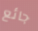
جائع